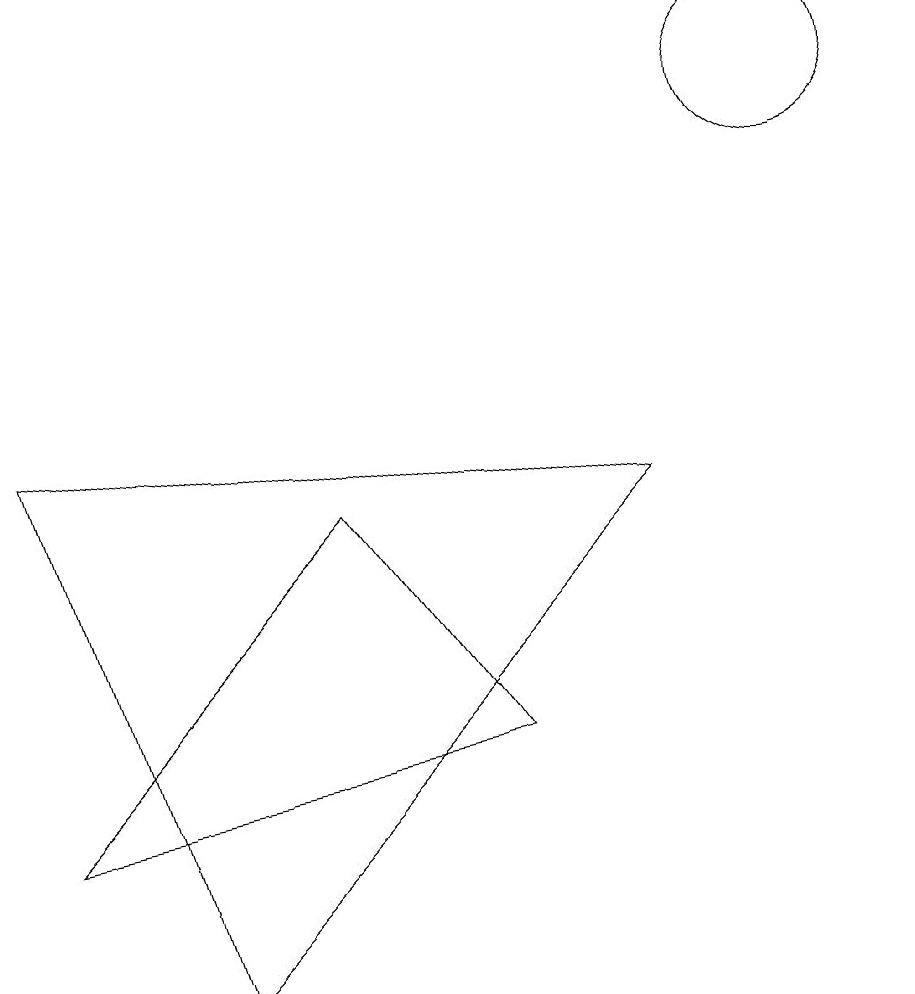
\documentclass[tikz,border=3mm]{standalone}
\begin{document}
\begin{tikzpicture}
\draw (0,8) -- (2,1) -- (8,7) -- cycle;
\draw (0,3) -- (4,7) -- (6,4) -- cycle;
\draw (10,12) circle (1);
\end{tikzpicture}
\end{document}